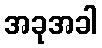
အခုအခါ